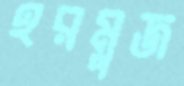
হরমুজ